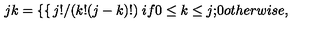
{ \binom { j } { k } } = \left\{ \begin{cases} { j ! / ( k ! ( j - k ) ! ) } & { i f 0 \le k \le j ; } \\ { 0 } & { o t h e r w i s e , } \\ \end{cases} \right.